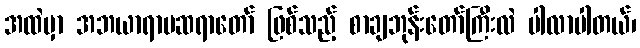
အထဲမှာ အဘယာရာမဆရာတော် ဖြစ်သည့် စာချဘုန်းတော်ကြီးလဲ ပါလာပါတယ်၊